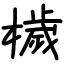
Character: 檅